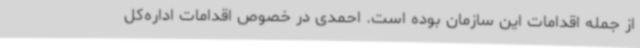
از جمله اقدامات این سازمان بوده است. احمدی در خصوص اقدامات اداره‌کل